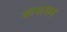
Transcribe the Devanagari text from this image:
सीमाकन